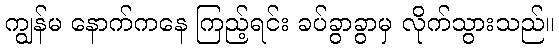
ကျွန်မ နောက်ကနေ ကြည့်ရင်း ခပ်ခွာခွာမှ လိုက်သွားသည်။